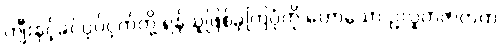
ကျီးနှင့်ခင်ပုပ်ငှက်တို့ ရန်သူဖြစ်ခဲ့ကြပုံကို ဟောသော ဥလူကဇာတက